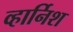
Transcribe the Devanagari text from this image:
व्हार्निश